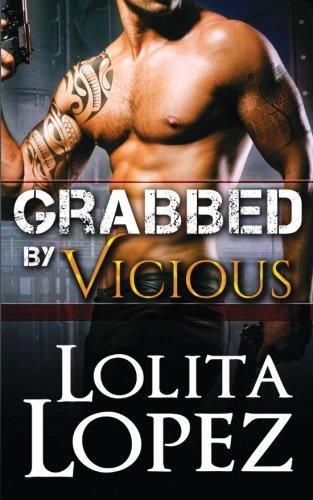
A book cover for Grabbed by Vicious (Volume 1); Lolita Lopez; Romance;